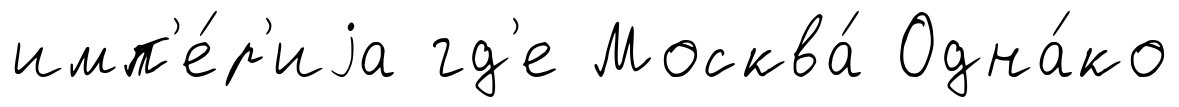
имп'е́р'иjа гд'е Москва́ Одна́ко